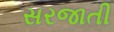
સરજાતી